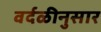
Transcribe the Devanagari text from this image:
वर्दळीनुसार